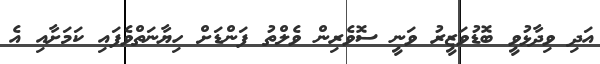
އަދި ވިދާޅުވީ ބޮޑުވަޒީރު ވަނީ ސޮވެރިން ވެލްތު ފަންޑަށް ހިޔާނަތްވެފައި ކަމަށާއި އެ